Dysentery and liver abscess in Bombay - Number 47
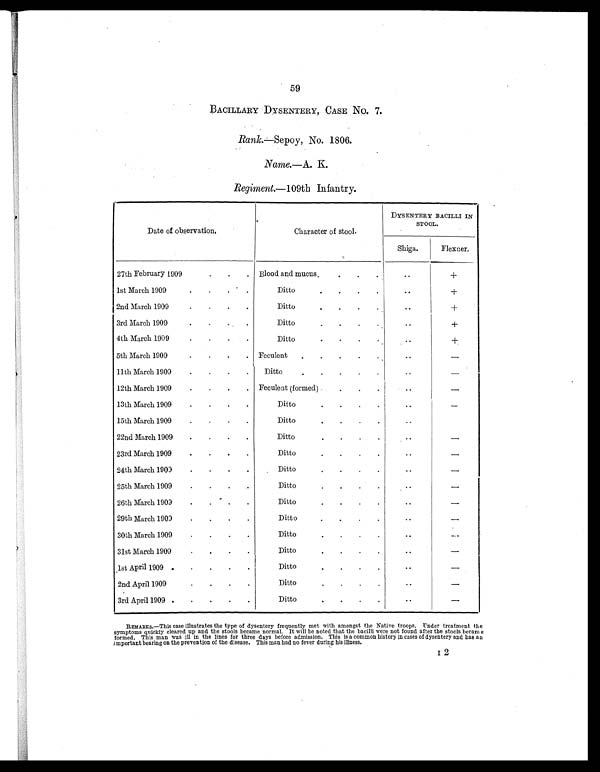
59
BACILLARY DYSENTERY, CASE No. 7.
Rank.—Sepoy, No. 1806.
Name.—A. K.
Regiment.— 109th Infantry.
Date of observation.
Character of stool.
DYSENTERY BACILLI IN
STOOL.
Shiga.
Flexner.
27th February 1909
. .
.
Blood and mucus.
.
.
.
..
+
1st March 1909.
. . .
Ditto
. . . .
..
+
2nd March 1909.
.
.
.
Ditto
. . .
..
+
3rd March 1909.
.
.
Ditto
.
.
.
.
..
+
4th March 1909
.
.
. .
Ditto.
. . . .
..
+
5th March 1909
. . . .
Feculent
.
.
.
..
–
11th March 1909
.
.
.
.
Ditto
. . . .
..
–
12th March 1909
.
.
.
. Feculent (formed)
.
.
.
..
–
13th March 1909
.
.
. .
Ditto.
. . .
..
–
15th March 1909
.
.
.
.
Ditto.
. . .
..
–
22nd March 1909
.
.
.
.
Ditto.
.
.
.
–
23rd March 1909
.
.
. .
Ditto.
.
.
.
..
–
24th March 1909
.
.
. .
Ditto.
.
.
.
..
–
25th March 1909
.
.
.
Ditto.
.
.
.
..
–
26th March 1909
.
.
.
.
Ditto.
.
.
.
..
–
29th March 1909
.
.
.
.
Ditto.
.
.
.
..
–
30th March 1909
.
.
.
.
Ditto.
.
.
.
..
–
31st March 1909
.
.
.
.
Ditto.
.
.
..
–
1st April 1909 .
.
.
. .
Ditto.
.
.
.
..
–
2nd April 1909.
. . .
Ditto
.
.
.
.
. .
–
3rd April 1909 .
.
. . .
Ditto.
. . .
..
–
REMARKS.—This case illustrates the type of dysentery frequently met with amongst the Native troops. Under treatment the
symptoms quickly cleared up and the stools became normal. It will be noted that the bacilli were not found after the stools became
formed. This man was ill in the lines for three days before admission. This is a common history in cases of dysentery and has an
important bearing on the prevention of the disease. This man had no fever during his illness.